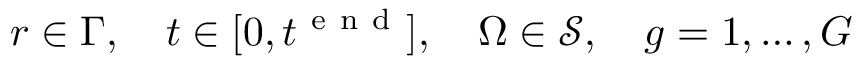
\boldsymbol { r } \in \Gamma , \quad t \in [ 0 , t ^ { \mathrm { ~ e ~ n ~ d ~ } } ] , \quad \boldsymbol { \Omega } \in \mathcal { S } , \quad g = 1 , \dots , G